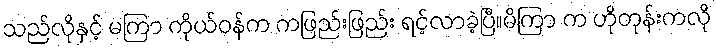
သည်လိုနှင့် မကြာ ကိုယ်ဝန်က ကဖြည်းဖြည်း ရင့်လာခဲ့ပြီ။မိကြာ က ဟိုတုန်းကလို